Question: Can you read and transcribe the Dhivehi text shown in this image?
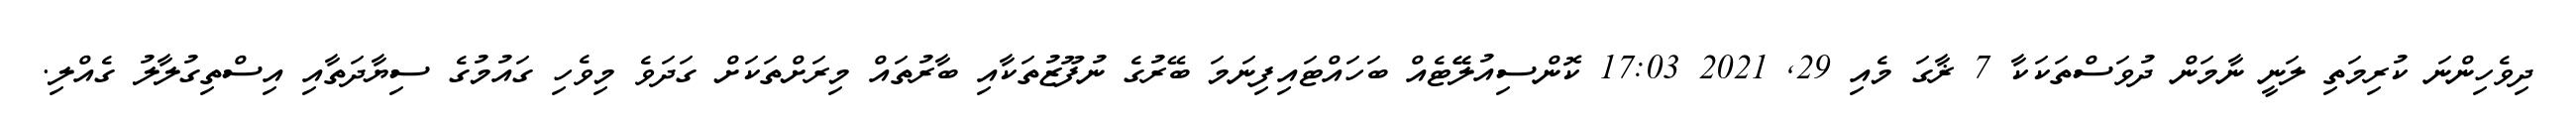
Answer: ދިވެހިންނަ ކުރިމަތި ލަނީ ނާމަން ދުވަސްތަކަކާ 7 ޜާގަ މެއި 29, 2021 17:03 ކޮންސިއުލޭޭޓެއް ބަހައްޓައިފިނަމަ ބޭރުގެ ނުފޫޒުތަކާއި ބާރުތައް މިރަށްތަކަށް ގަދަވެ މިވެހި ގައުމުގެ ސިޔާދަތާއި އިސްތިގުލާލު ގެއްލި.